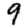
Digit: 9